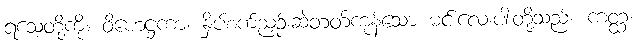
ရသေ့တို့ကို။ ဝိဟေဋ္ဌကာ၊ နှိပ်စက်ညှဉ်းဆဲတတ်ကုန်သော မင်းလေးပါးတို့သည်။ ကတ္ထ၊